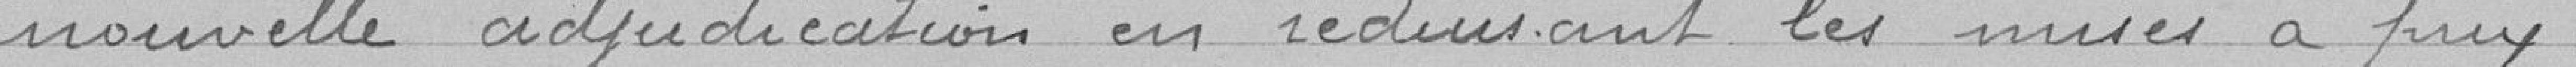
nouvelle adjudication en réduisant les mises à prix.